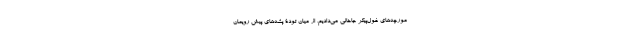
مورچه‌های غول‌پیکر جاخالی می‌دادیم، از میان تودۀ پشه‌های پیش رویمان